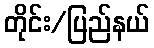
တိုင်း/ပြည်နယ်